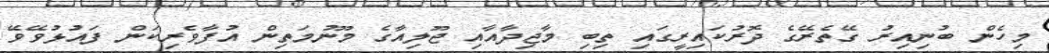
މިހެން ބުނިއިރު ގޭތެރޭގެ ދޮރުކައިރީގައި ތިބި މާޖިދާއާއި ޖޫލިއާގެ މޫނުމަތިން އުފާވެރިކަން ފައުޅުވޭވޭ